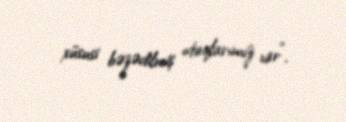
xüsusi bəzədilmiş otaqlarımız var”.